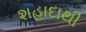
શહાદાથી